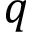
q